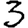
Digit: 3